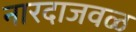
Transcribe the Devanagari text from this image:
नारदाजवळ